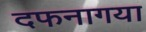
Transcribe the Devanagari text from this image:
दफनागया